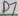
Text: D7